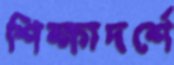
শিক্ষাদর্শে